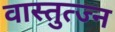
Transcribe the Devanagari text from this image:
वास्तुत्ज्न